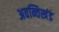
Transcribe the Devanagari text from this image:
अवन्तिखंड